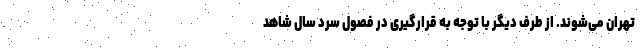
تهران می‌شوند. از طرف دیگر با توجه به قرارگیری در فصول سرد سال شاهد